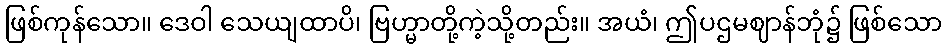
ဖြစ်ကုန်သော။ ဒေဝါ သေယျထာပိ၊ ဗြဟ္မာတို့ကဲ့သို့တည်း။ အယံ၊ ဤပဌမဈာန်ဘုံ၌ ဖြစ်သော